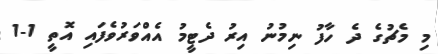
މި މެޗުގެ ދެ ހާފު ނިމުނު އިރު ދެޓީމު އެއްވަރުވެފައި އޮތީ 1-1